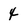
Character: 4